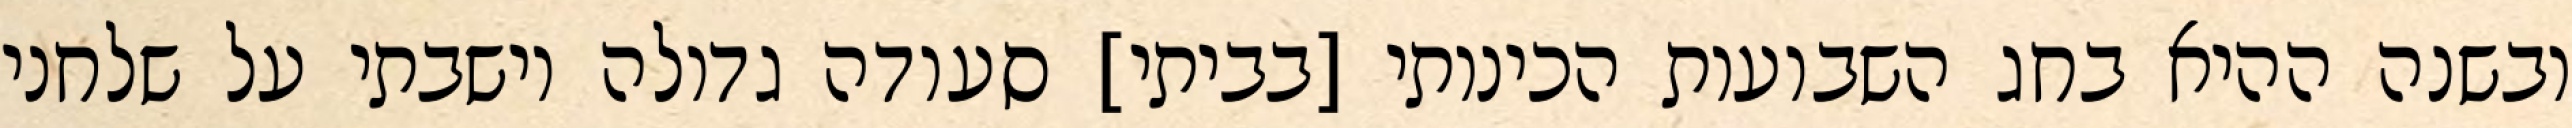
ובשנה ההיא בחג השבועות הכינותי [בביתי] סעודה גדולה וישבתי על שלחני